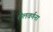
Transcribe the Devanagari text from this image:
शैलवर्णना